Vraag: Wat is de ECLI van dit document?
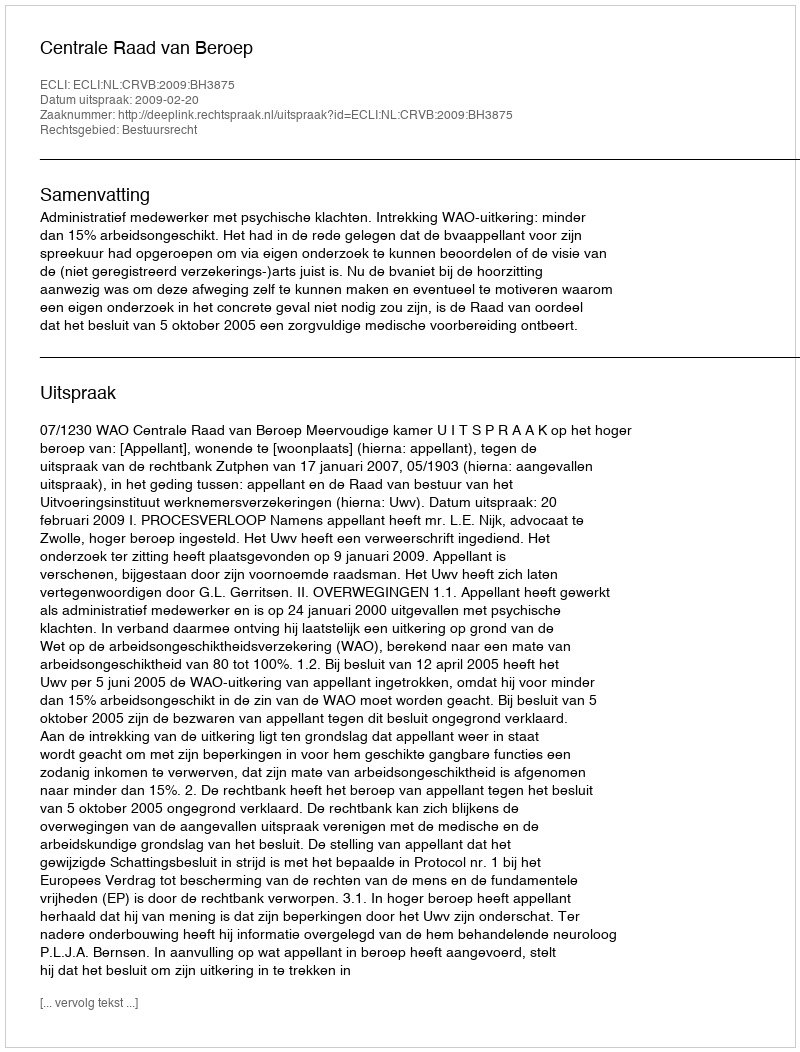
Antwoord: ECLI:NL:CRVB:2009:BH3875